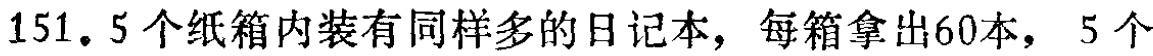
151. 5个纸箱内装有同样多的日记本，每箱拿出60本，5个